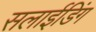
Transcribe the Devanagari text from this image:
सलाईडिंग